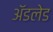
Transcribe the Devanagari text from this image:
अॅडलेड